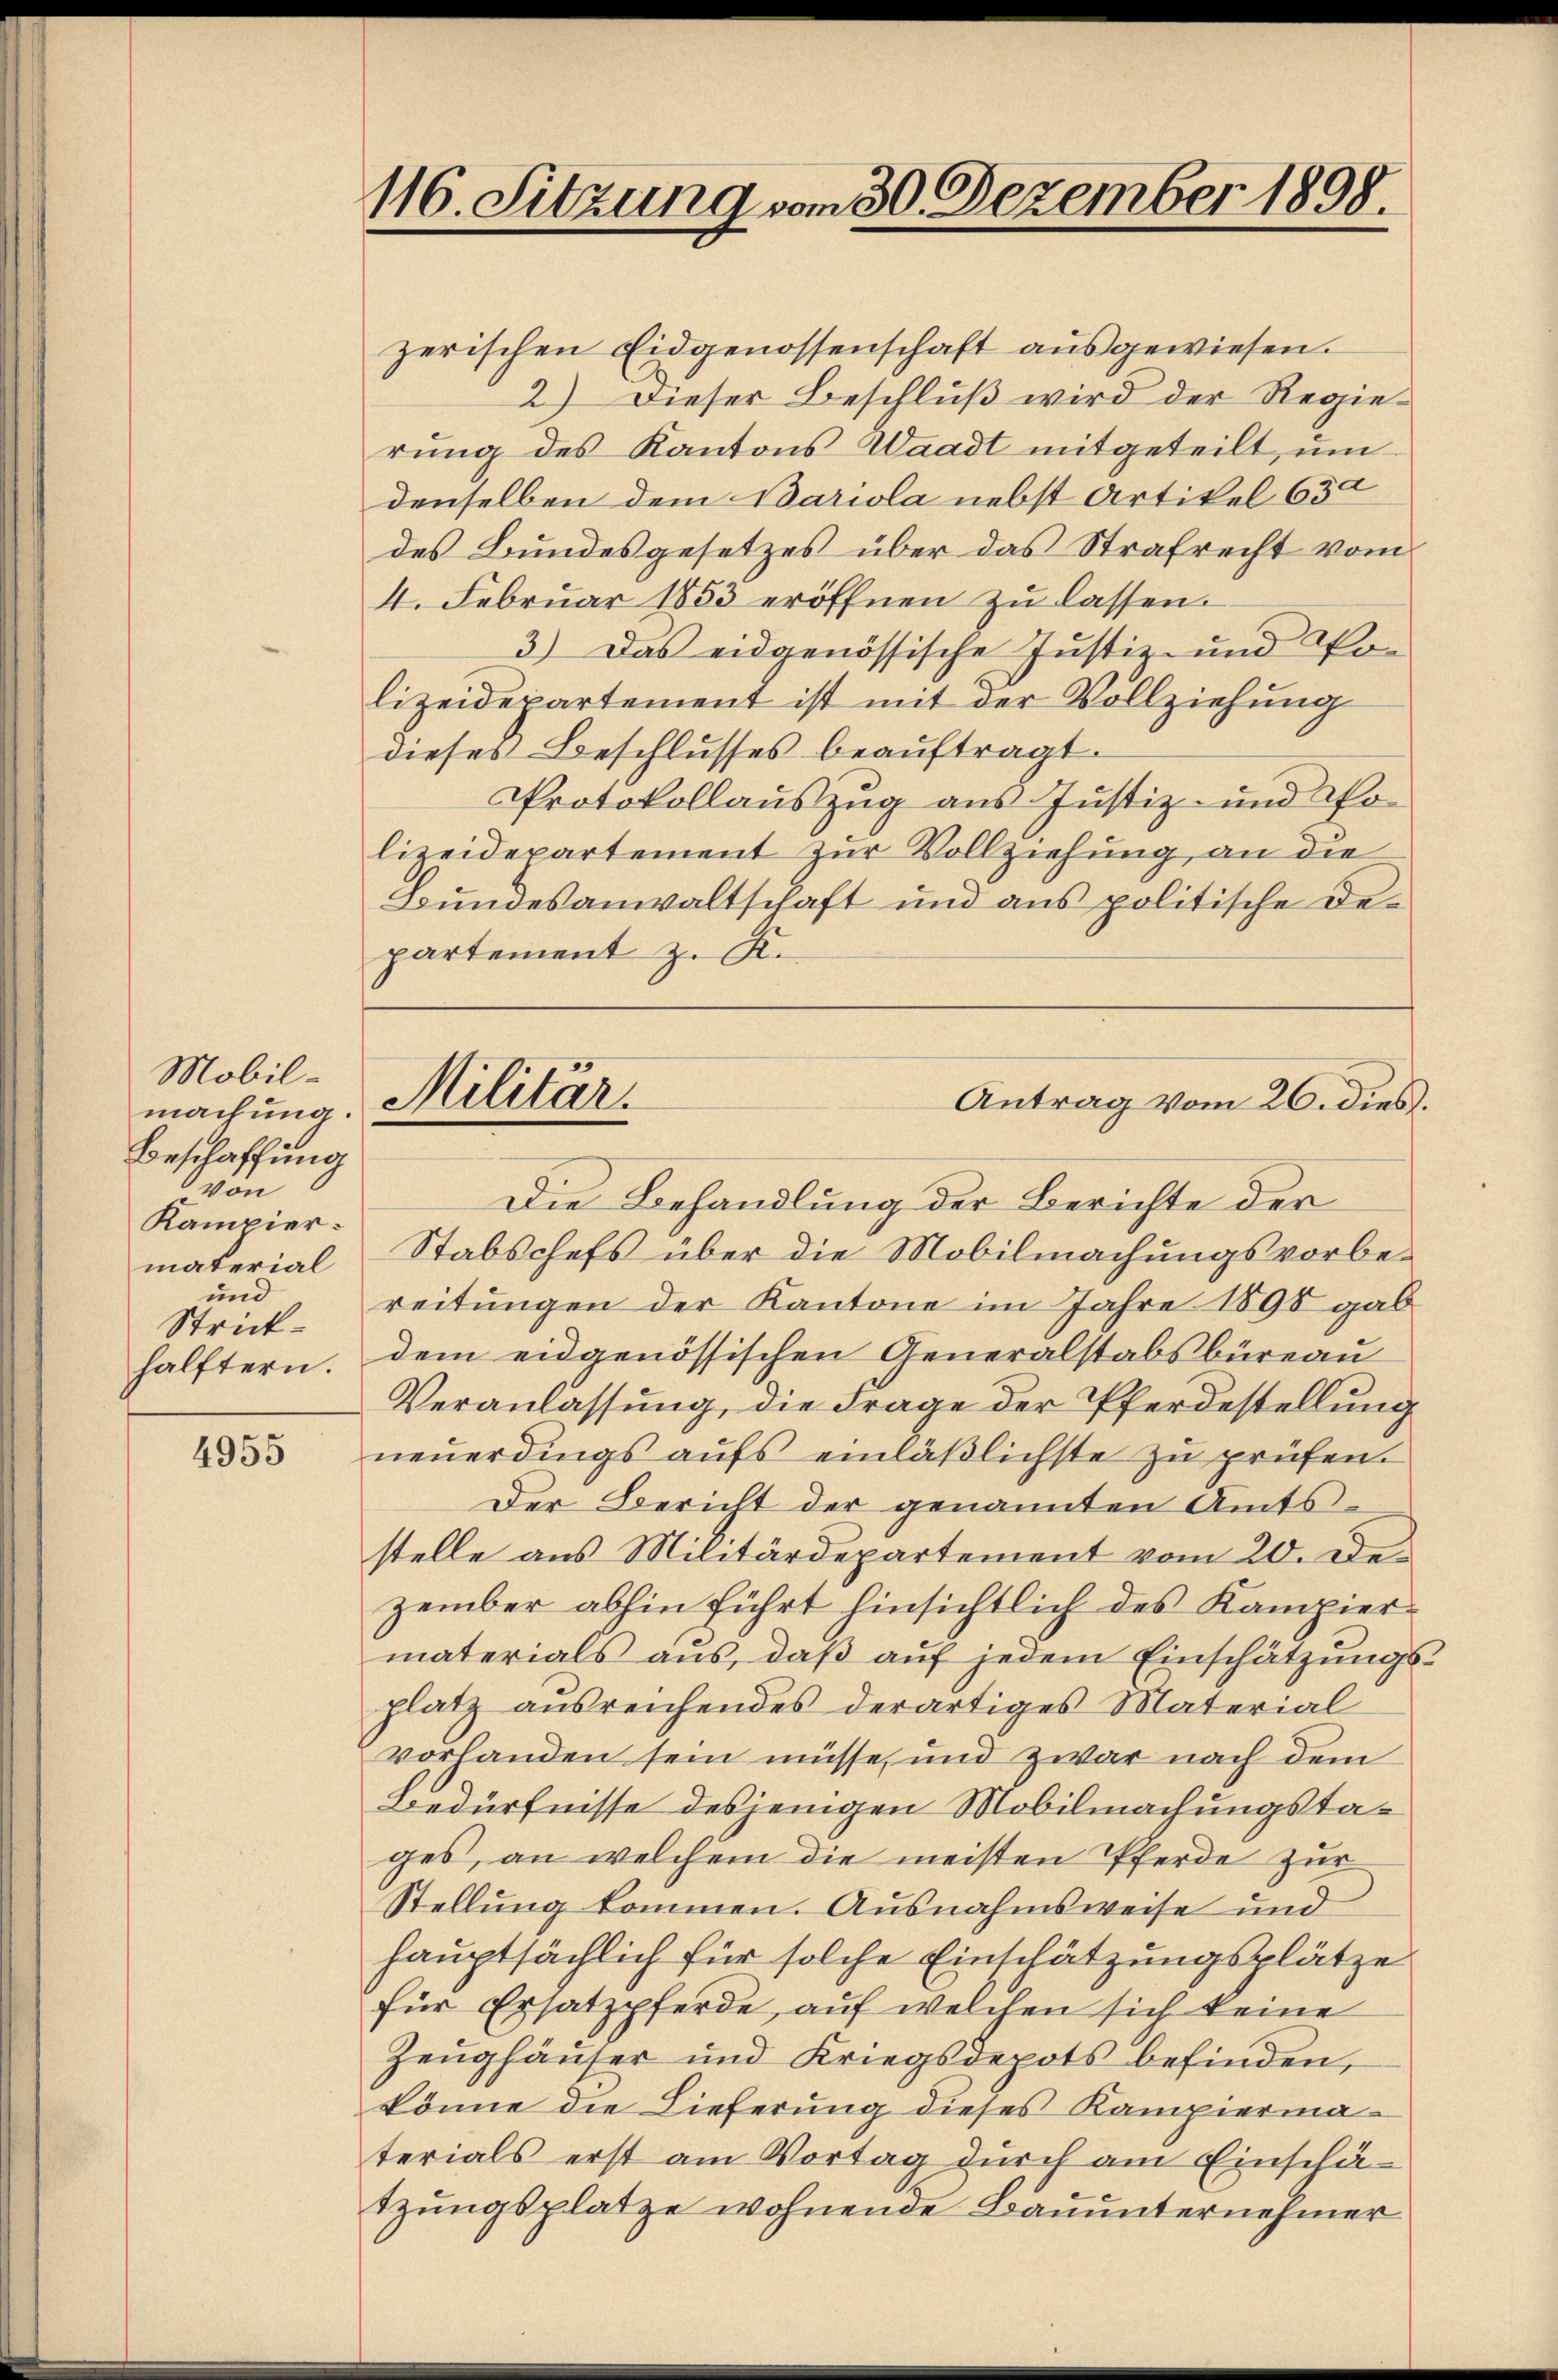
Mobil-
machung.
Beschaffung
von
Kampier.
material
und
Strick¬

4955

116. Sitzung vom 30. Dezember 1898.

zerischen Eidgenossenschaft ausgewiesen.
2) Dieser Beschluß wird der Regierung des Kantons Waadt mitgeteilt, um
denselben dem Bariola nebst Artikel 630
des Bundesgesetzes über das Strafrecht vom
4. Februar 1853 eröffnen zu lassen.
3.) Das eidgenössische Justiz- und Polizeidepartement ist mit der Vollziehung
dieses Beschlusses beauftragt.
Protokollauszug aus Justiz- und Polizeidepartement zur Vollziehung an die
Bundesanwaltschaft und aus politische Departement z. K.
Die Behandlung der Berichte der
Stabschefs über die Mobilmachungsvorbereitungen der Kantone im Jahre 1898 gab
hälftern. Dem eidgenössischen Generalstabsbüreau
Veranlassung, die Frage der Pferdestellung
neŭerdings aufs einläßlichste zu prüfen.
Der Bericht der genannten Amtsstelle aus Militärdepartement vom 20. Dezember abhin führt hinsichtlich des Kampiermaterials aus, daβ aŭf jedem Einschätzŭngs-
platz ausreichendes derartiges Material
vorhanden sein müsse, und zwar nach dem
Bedürfnisse desjenigen Mobilmachungstages, an welchem die meisten Pferde zur
Stellung kommen. Ausnahmsweise und
hauptsächlich für solche Einschätzungsplätze
für Ersatzpferde, auf welchen sich keine
Zeughäuser und Kriegsdepots befinden,
könne die Lieferung dieses Kampiermaterials erst am Vortag durch am Einschä-
tzungsplatze wohnende Bauunternehmer

Militär.

Antrag vom 26. dies.